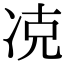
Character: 𠗌